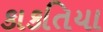
કાકતિયા